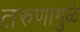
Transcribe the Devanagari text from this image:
तरुणांमुळे